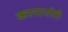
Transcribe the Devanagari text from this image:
कानामोरी